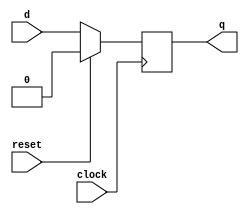
`timescale 1ns / 1ps
//////////////////////////////////////////////////////////////////////////////////
// Company: 
// Engineer: 
// 
// Design Name: 
// Module Name: dff
// Project Name: 
// Target Devices: 
// Tool Versions: 
// Description: 
// 
// Dependencies: 
// 
// Revision:
// Revision 0.01 - File Created
// Additional Comments:
// 
//////////////////////////////////////////////////////////////////////////////////


module dff(
    input d,
    input reset,
    input clock,
    output reg q
    );
    always @(posedge clock)
        begin
          if (reset==1'b1) 
             q <=0; 
          else
            q <= d;
        end
endmodule